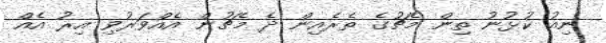
ނިއު ކުޅުނު ތިން މެޗުގެ ތެރެއިން ދެ މެޗުން އެއްވަރުވި އިރު އެއް